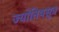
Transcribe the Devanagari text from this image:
ज्योतिषसूत्र